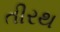
તીરથ